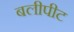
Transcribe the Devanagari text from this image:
बलीपीट